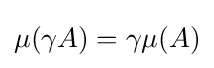
\mu (\gamma A)=\gamma \mu (A)